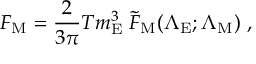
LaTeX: F _ { \mathrm { M } } = \frac { 2 } { 3 \pi } T m _ { \mathrm { E } } ^ { 3 } \; { \tilde { F } } _ { \mathrm { M } } ( { \Lambda } _ { \mathrm { E } } ; { \Lambda } _ { \mathrm { M } } ) \ ,